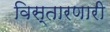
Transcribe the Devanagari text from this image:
विस्तारणारी